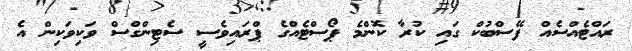
ރައްޓެއްސެއް ފޭސްބުކް ގައި ކުރާ ކޮންމެ ޕޯސްޓެއްގެ ޕްރައިވެސީ ސެޓިންގްސް ވަކިވަކިން އެ